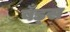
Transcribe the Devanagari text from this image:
बँड्स